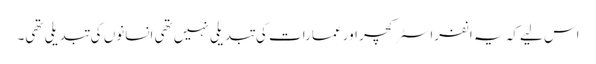
اس لیے کہ یہ انفراسٹرکچر اور عمارات کی تبدیلی نہیں تھی انسانوں کی تبدیلی تھی۔